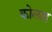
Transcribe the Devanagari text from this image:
कोलाइ